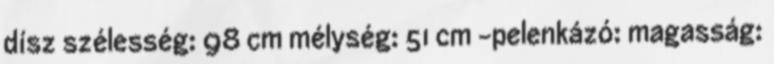
dísz szélesség: 98 cm mélység: 51 cm -pelenkázó: magasság: